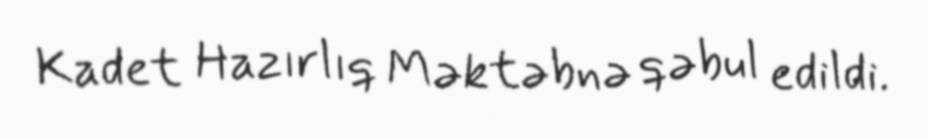
Kadet Hazırlıq Məktəbnə qəbul edildi.